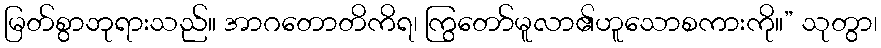
မြတ်စွာဘုရားသည်။ အာဂတောတိကိရ၊ ကြွတော်မူလာ၏ဟူသောစကားကို။” သုတွာ၊